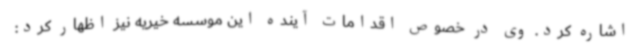
اشاره کرد. وی در خصوص اقدامات آینده این موسسه خیریه نیز اظهار کرد: